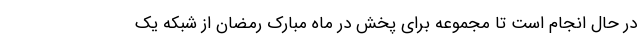
در حال انجام است تا مجموعه برای پخش در ماه مبارک رمضان از شبکه یک